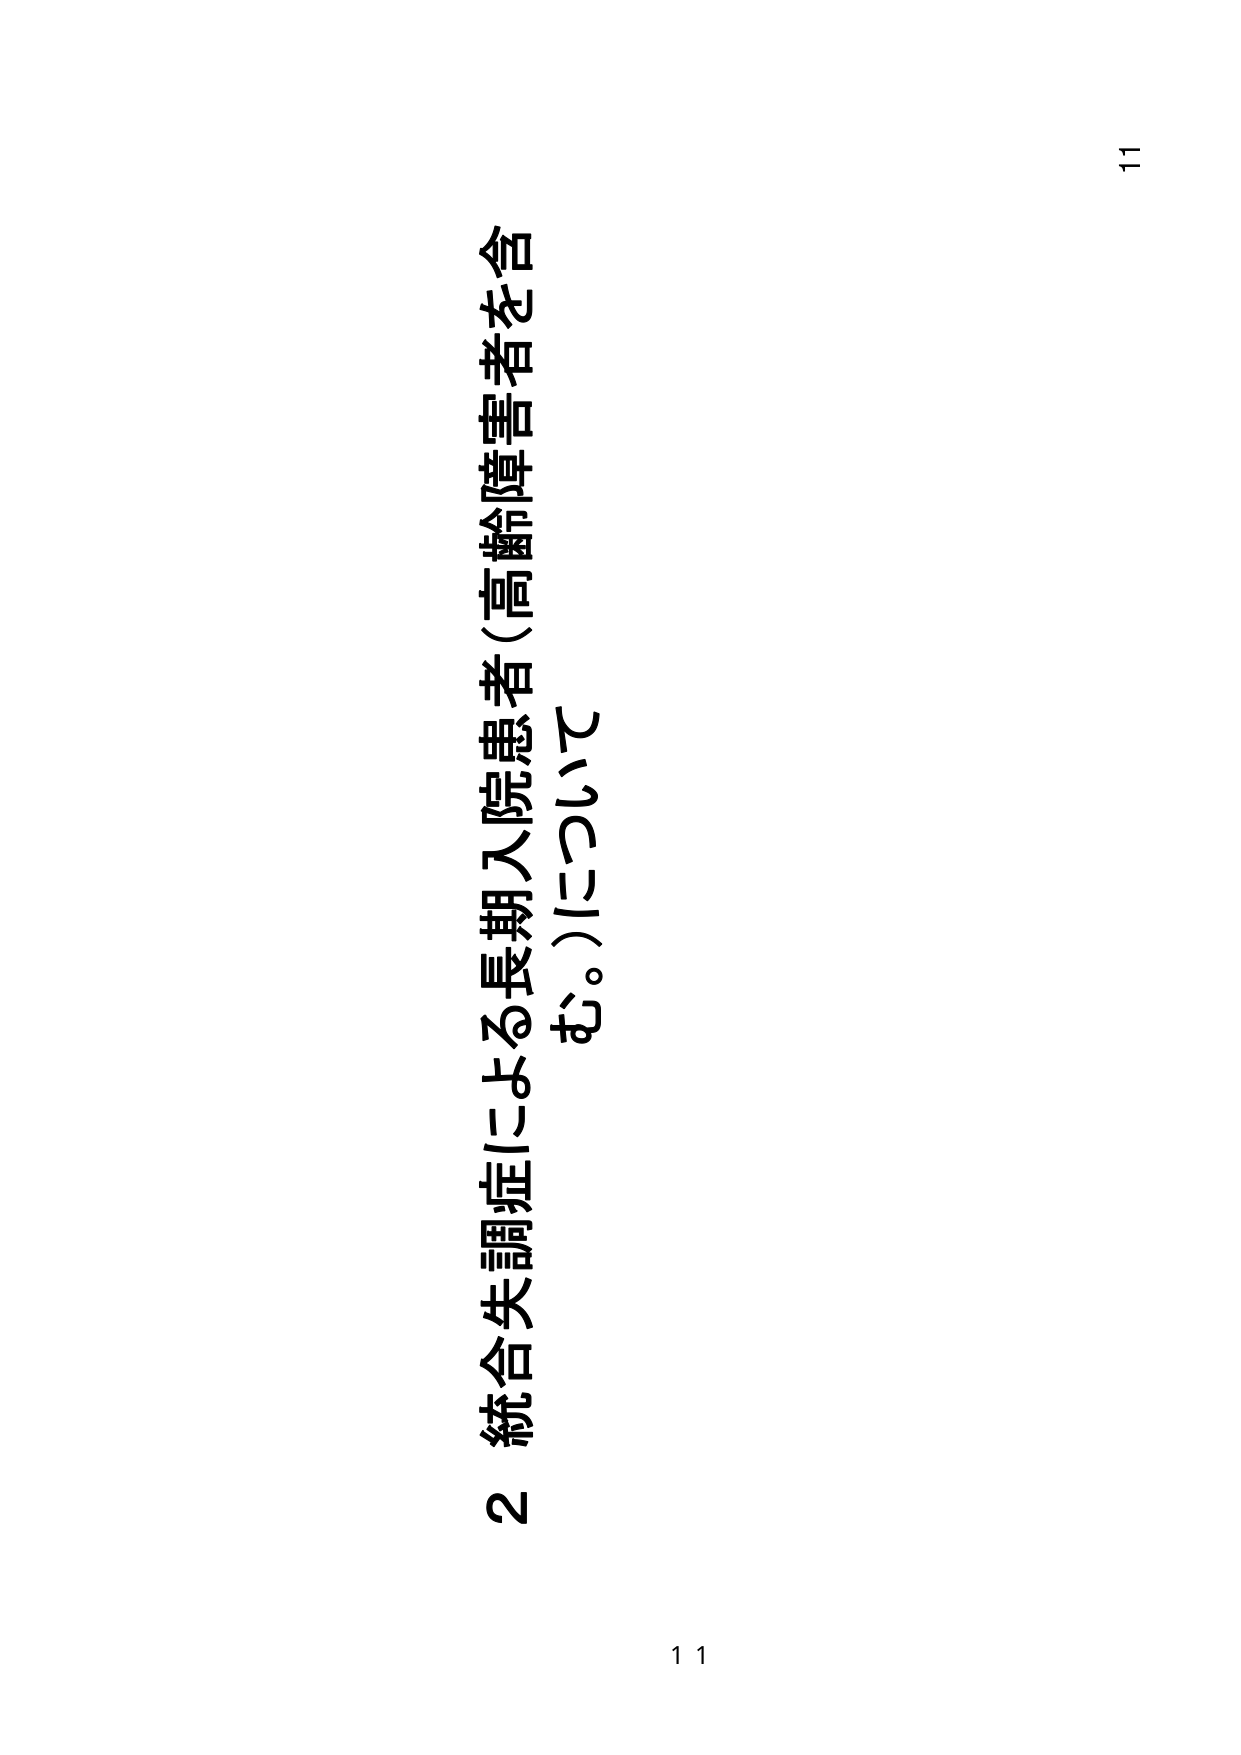
2 統合失調症による長期入院患者（高齢障害者を含
む。）について

11